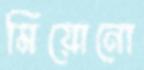
মিয়োনো